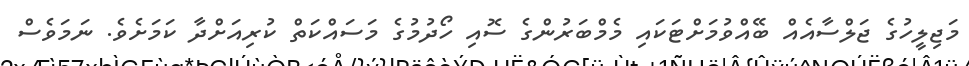
މަޖިލީހުގެ ޖަލްސާއެއް ބޭއްވުމަށްޓަކައި މެމްބަރުންގެ ސޮއި ހޯދުމުގެ މަސައްކަތް ކުރިއަށްދާ ކަމަށެވެ. ނަމަވެސް